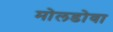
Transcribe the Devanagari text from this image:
मोलडोवा